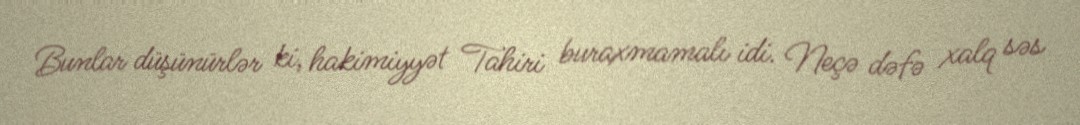
Bunlar düşünürlər ki, hakimiyyət Tahiri buraxmamalı idi. Neçə dəfə xalq səs